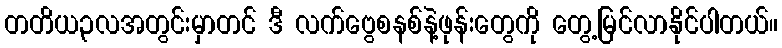
တတိယ၃လအတွင်းမှာတင် ဒီ လက်ဗွေစနစ်နဲ့ဖုန်းတွေကို တွေ့မြင်လာနိုင်ပါတယ်။